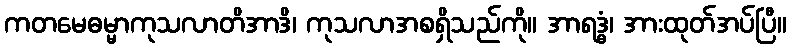
ကတမေဓမ္မာကုသလာတိအာဒိ၊ ကုသလာအစရှိသည်ကို။ အာရဒ္ဓံ၊ အားထုတ်အပ်ပြီ။